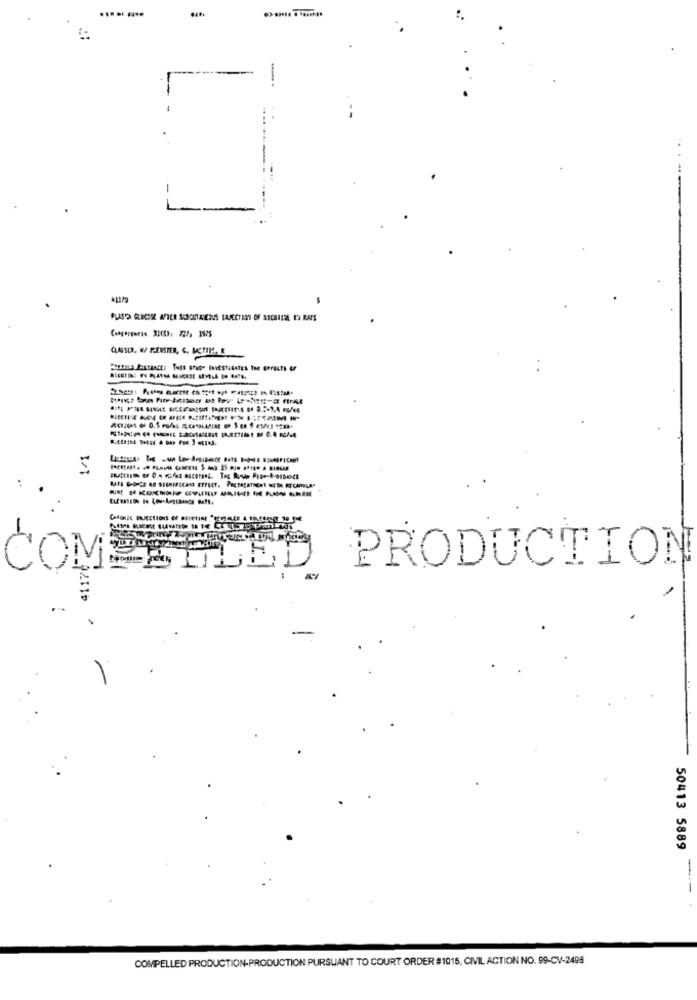
....
CLASSES. W FENSTER, G. METEIS. E
5
-
COM
PRODUCTION
-
50413 5889
--
COMPELLED PRODUCTION-PRODUCTION PURSUANT TO COURT ORDER #1015, CIVIL ACTION NO. 99-CV-2495